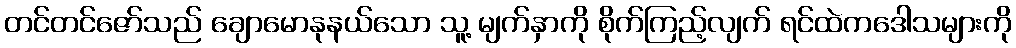
တင်တင်ဇော်သည် ချောမောနုနယ်သော သူ့ မျက်နှာကို စိုက်ကြည့်လျက် ရင်ထဲကဒေါသများကို